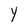
Character: Y